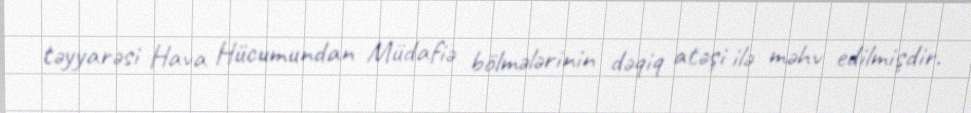
təyyarəsi Hava Hücumundan Müdafiə bölmələrinin dəqiq atəşi ilə məhv edilmişdir.